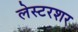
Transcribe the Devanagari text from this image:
लेस्टरशर